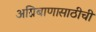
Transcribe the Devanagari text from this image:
अग्निबाणासाठीची